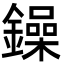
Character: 鐰